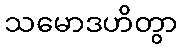
သမောဒဟိတွာ